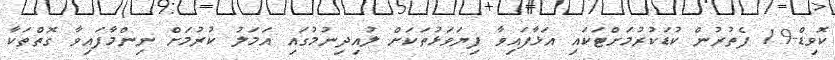
ކޮވިޑް-19 ފެތުރުން ކުޑަކުރުމަށްޓަކައި އަޅާފައިވާ ފިޔަވަޅުތަކަށް ލުއިދިނުމުގައި އަމަލު ކުރުމަށް ނިންމާފައިވާ ގޮތްތަކާ